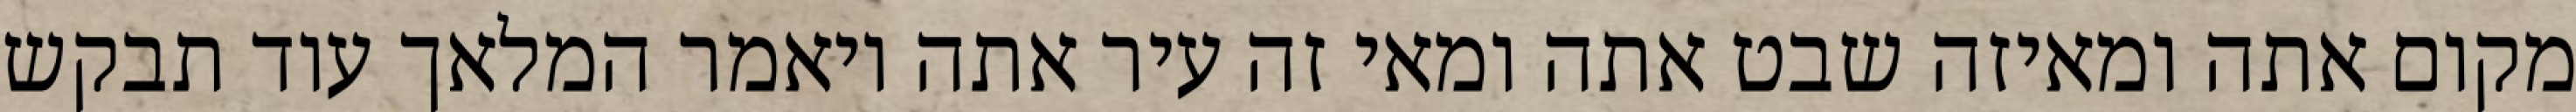
מקום אתה ומאיזה שבט אתה ומאי זה עיר אתה ויאמר המלאך עוד תבקש